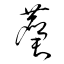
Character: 麏